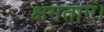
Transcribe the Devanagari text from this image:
क्षमताएं।